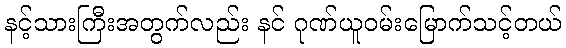
နင့်သားကြီးအတွက်လည်း နင် ဂုဏ်ယူဝမ်းမြောက်သင့်တယ်